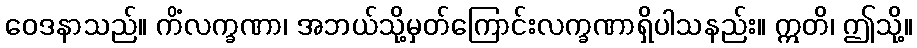
ဝေဒနာသည်။ ကိံလက္ခဏာ၊ အဘယ်သို့မှတ်ကြောင်းလက္ခဏာရှိပါသနည်း။ ဣတိ၊ ဤသို့။